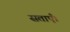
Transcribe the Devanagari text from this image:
सताएँ।